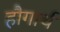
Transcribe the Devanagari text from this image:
हौगार्थ